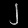
Digit: ၂